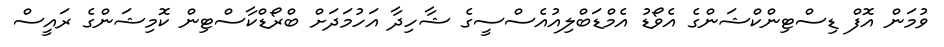
ވުމަން އޮފް ޑިސްޓިންކްޝަންގެ އެވޯޑު އެމްޑަބްލިއުއެސްސީގެ ޝާހިދާ އަހުމަދަށް ބްރޯޑްކާސްޓިން ކޮމިޝަންގެ ރައީސް